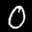
Label: 0